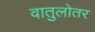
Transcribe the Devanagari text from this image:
वातुलोतर